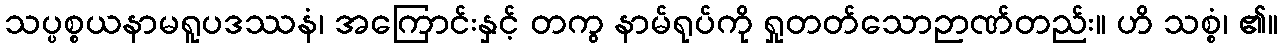
သပ္ပစ္စယနာမရူပဒဿနံ၊ အကြောင်းနှင့် တကွ နာမ်ရုပ်ကို ရှုတတ်သောဉာဏ်တည်း။ ဟိ သစ္စံ၊ ၏။